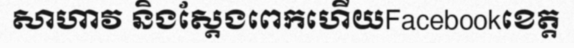
សាហាវ និងស្តែងពេកហើយFacebookខេត្ត